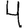
Digit: 4